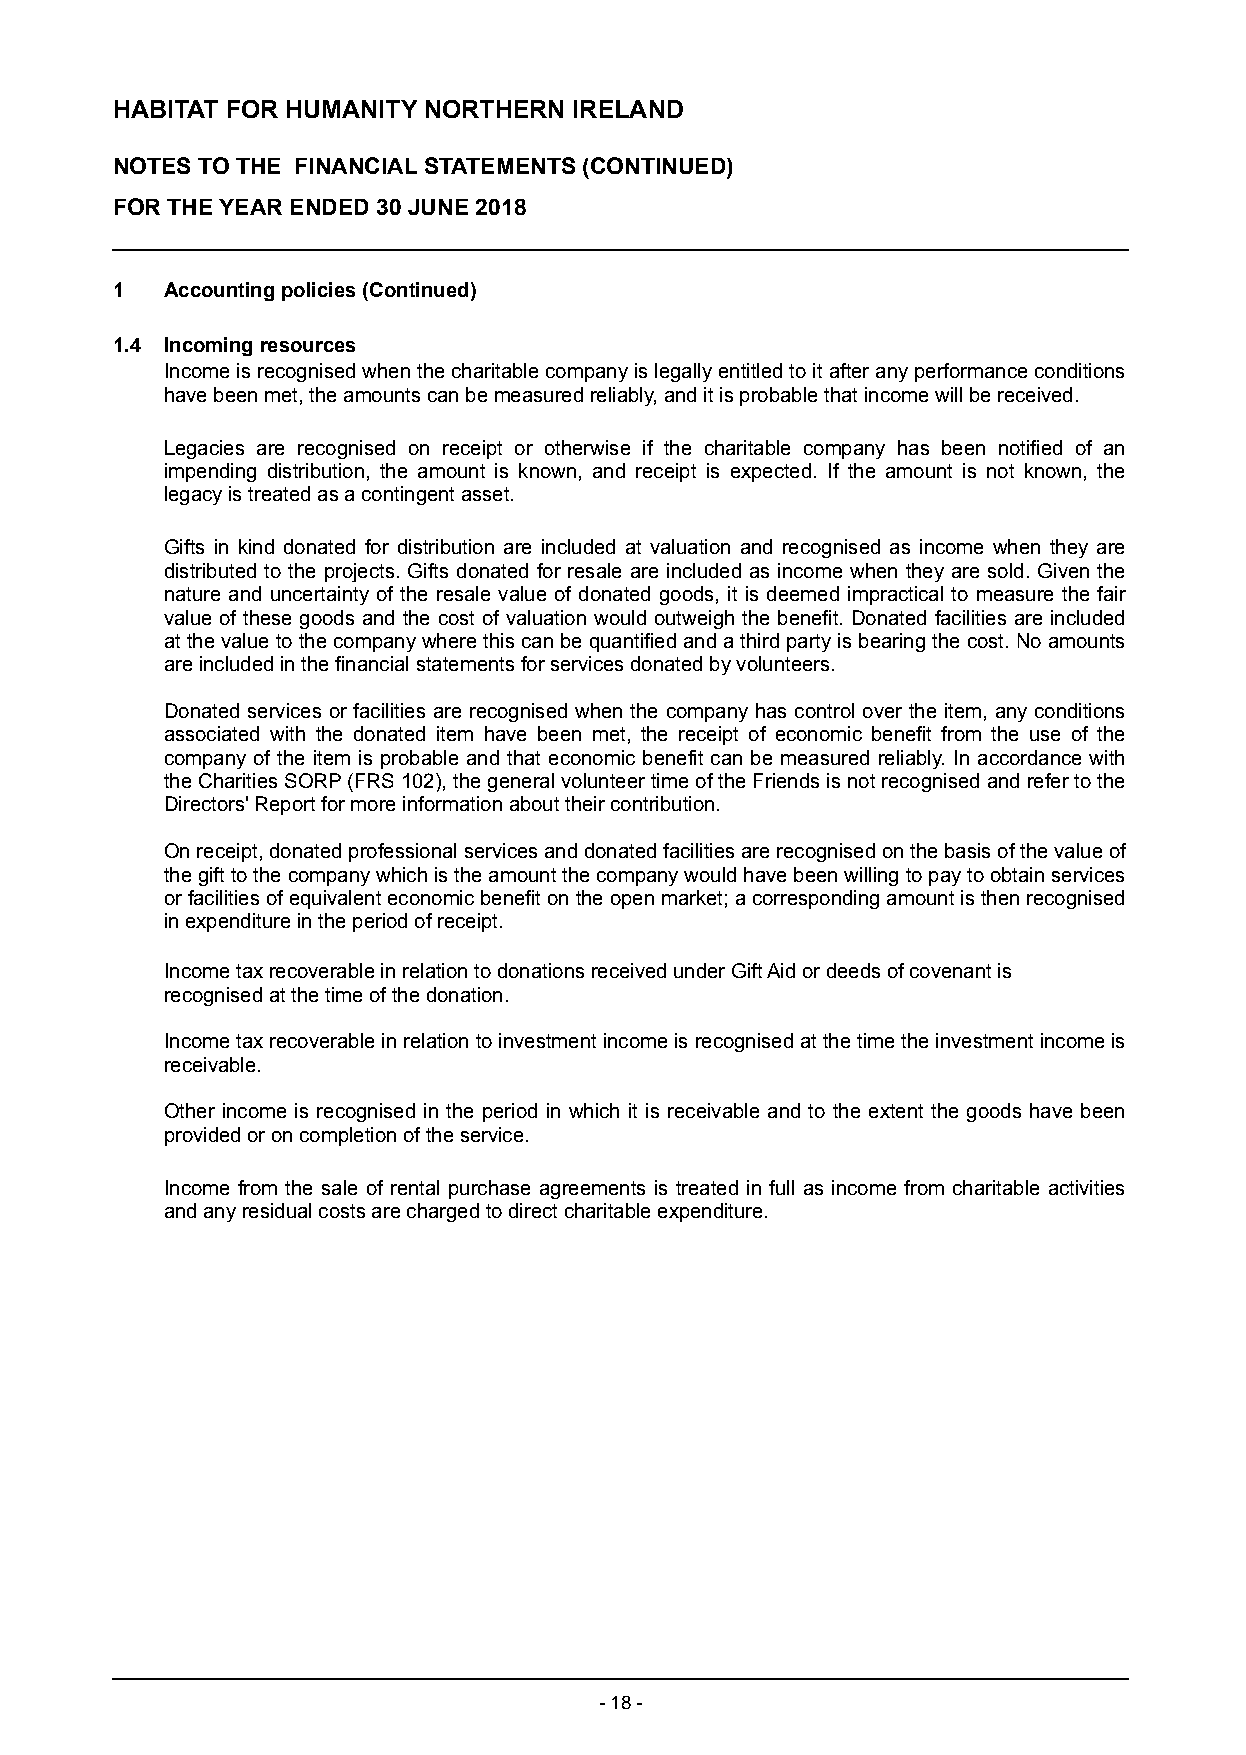
HABITAT FOR HUMANITY NORTHERN  IRELAND
 NOTES TO THE FINANCIAL STATEMENTS (CONTINUED)
 FOR THE YEAR ENDED 30 JUNE 2018
 1   Accounting policies (Continued)
 1.4 Incoming resources
 Income is recognised when the charitable company is legally entitled to it after any performance conditions
 have been met, the amounts can be measured reliably, and it is probable that income will be received.
 Legacies are recognised on receipt or otherwise if the charitable company has been notified of an
 impending distribution, the amount is known, and receipt is expected. If the amount is not known, the
 legacy is treated as a contingent asset.
 Gifts in kind donated for distribution are included at valuation and recognised as income when they a re
 distributed to the projects. Gifts donated for resale are included as income when they are sold. G iven the
 nature and uncertainty of the resale value of donated goods, it is deemed impractical to m easure the fair
 value of these goods and the cost of valuation would outweigh the benefit. Donated f acilities are included
 at the value to the company where this can be quantified and a third party is b earing the cost. No amounts
 are included in the financial statements for services donated by v olunteers.
 Donated services or facilities are recognised when the company has control over the item, any c onditions
 associated with the donated item have been met, the receipt of economic benefit from the u se of the
 company of the item is probable and that economic benefit can be measured reliably. In a ccordance with
 the Charities SORP (FRS 102), the general volunteer time of the Friends is not r ecognised and refer to the
 Directors' Report for more information about their contribution.
 On receipt, donated professional services and donated facilities are recognised on the basis of the v alue of
 the gift to the company which is the amount the company would have been willing to pay to o btain services
 or facilities of equivalent economic benefit on the open market; a corresponding a mount is then recognised
 in expenditure in the period of receipt.
 Income tax recoverable in relation to donations received under Gift Aid or deeds of covenant is
 recognised at the time of the donation.
 Income tax recoverable in relation to investment income is recognised at the time the investment i ncome is
 receivable.
 Other income is recognised in the period in which it is receivable and to the extent the goods have b een
 provided or on completion of the service.
 Income from the sale of rental purchase agreements is treated in full as income from charitable activities
 and any residual costs are charged to direct charitable expenditure.
 - 18 -